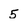
Character: 5